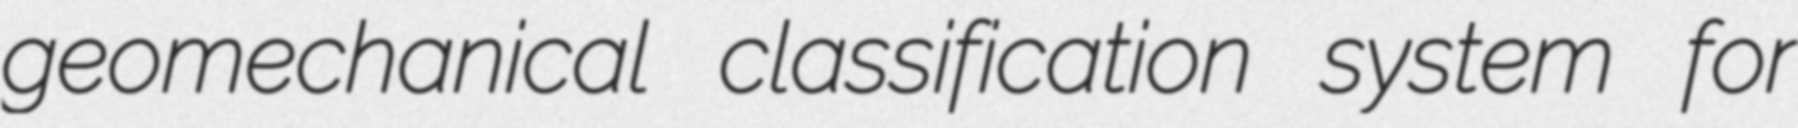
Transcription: geomechanical classification system for